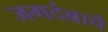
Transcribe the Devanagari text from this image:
जगदंबाचे